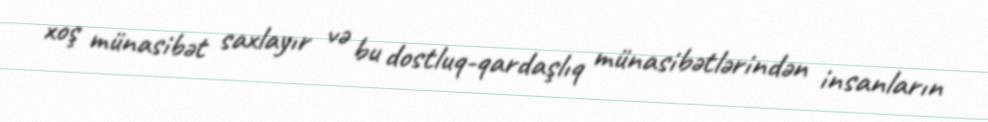
xoş münasibət saxlayır və bu dostluq-qardaşlıq münasibətlərindən insanların